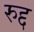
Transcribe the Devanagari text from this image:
रुद्द